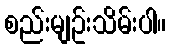
စည်းမျဥ်းသိမ်းပါ။